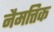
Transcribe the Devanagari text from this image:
नैमत्तिक